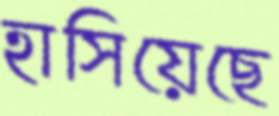
হাসিয়েছে